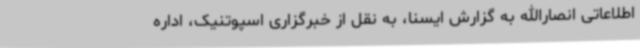
اطلاعاتی انصارالله به گزارش ایسنا، به نقل از خبرگزاری اسپوتنیک، اداره